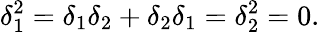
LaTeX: \delta_{1}^{2}=\delta_{1}\delta_{2}+\delta_{2}\delta_{1}=\delta_{2}^{2}=0.